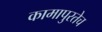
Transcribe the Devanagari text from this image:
कामापुरतेच